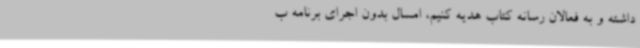
داشته و به فعالان رسانه کتاب هدیه کنیم، امسال بدون اجرای برنامه ب